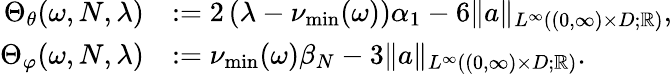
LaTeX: \begin{array}{rl}{\Theta_{\theta}(\omega,N,\lambda)}&{:=2\left(\lambda-\nu_{\operatorname*{min}}(\omega)\right)\alpha_{1}-6\| a\| _{L^{\infty}((0,\infty)\times D;\mathbb{R})},}\\ {\Theta_{\varphi}(\omega,N,\lambda)}&{:=\nu_{\operatorname*{min}}(\omega)\beta_{N}-3\| a\| _{L^{\infty}((0,\infty)\times D;\mathbb{R})}.}\end{array}